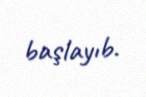
başlayıb.